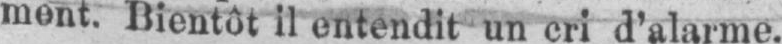
mont. Bientôt il entendit un cri d’alarme.